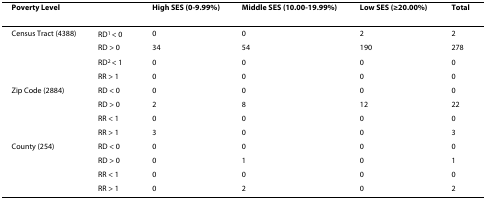
| Poverty Level |  | High SES (0-9.99%) | Middle SES (10.00-19.99%) | Low SES (≥20.00%) | Total |
 | --- | --- | --- | --- | --- | --- |
 | Census Tract (4388) | RD1 < 0 | 0 | 0 | 2 | 2 |
 |  | RD > 0 | 34 | 54 | 190 | 278 |
 |  | RD2 < 1 | 0 | 0 | 0 | 0 |
 |  | RR > 1 | 0 | 0 | 0 | 0 |
 | Zip Code (2884) | RD < 0 | 0 | 0 | 0 | 0 |
 |  | RD > 0 | 2 | 8 | 12 | 22 |
 |  | RR < 1 | 0 | 0 | 0 | 0 |
 |  | RR > 1 | 3 | 0 | 0 | 3 |
 | County (254) | RD < 0 | 0 | 0 | 0 | 0 |
 |  | RD > 0 | 0 | 1 | 0 | 1 |
 |  | RR < 1 | 0 | 0 | 0 | 0 |
 |  | RR > 1 | 0 | 2 | 0 | 2 |